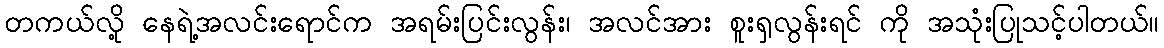
တကယ်လို့ နေရဲ့အလင်းရောင်က အရမ်းပြင်းလွန်း၊ အလင်အား စူးရှလွန်းရင် ကို အသုံးပြုသင့်ပါတယ်။